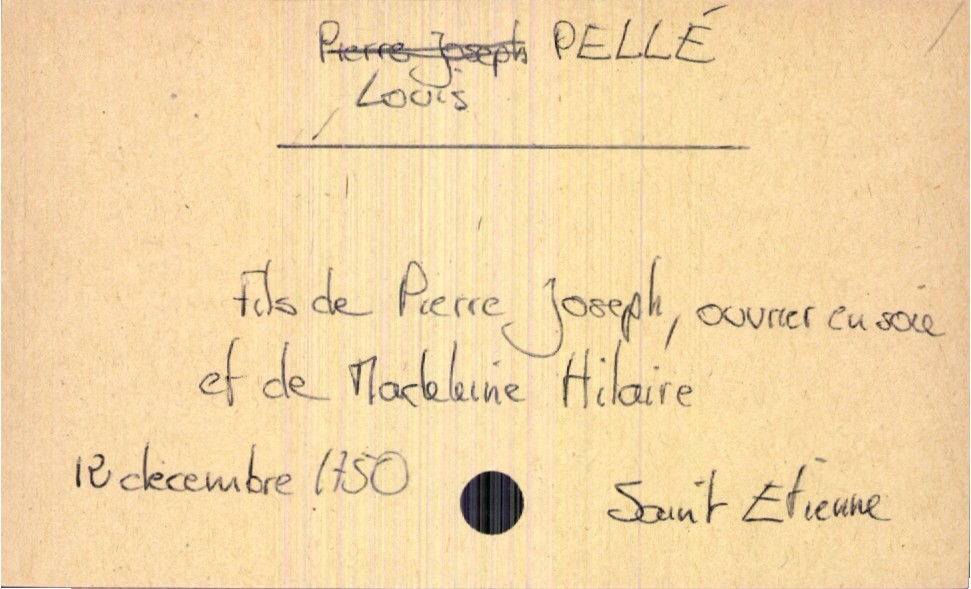
type_acte: Baptême
filiation: fils
enfant_prénom: Louis
enfant_date_de_naissance: 12 décembre 1750
enfant_lieu_de_naissance: Saint Etienne
père_enfant_nom: Pellé
père_enfant_prénom: Pierre Joseph
père_enfant_profession: ouvrier en soie
mère_enfant_nom: Hilaire
mère_enfant_prénom: Madeleine